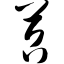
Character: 苕